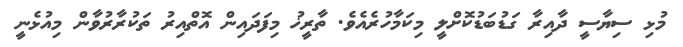
މުޅި ސިޔާސީ ދާއިރާ ގަޑުބަޑުކޮށްލީ މިކަމާހުރެއެވެ. ތާރީޚު މިފަދައިން އޮތްއިރު ތަކުރާރުވާން މިއުޅެނީ